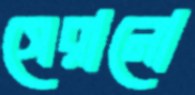
সেরানো